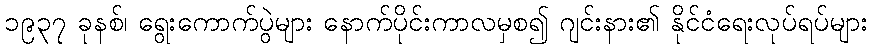
၁၉၃၇ ခုနစ်၊ ရွေးကောက်ပွဲများ နောက်ပိုင်းကာလမှစ၍ ဂျင်းနား၏ နိုင်ငံရေးလုပ်ရပ်များ